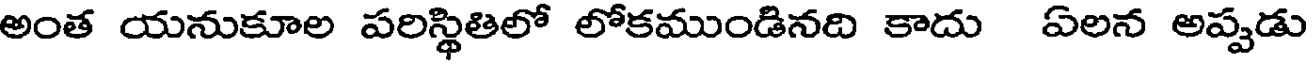
అంత యనుకూల పరిస్థితిలో లోకముండినది కాదు ఏలన అప్పడు